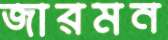
জারমন